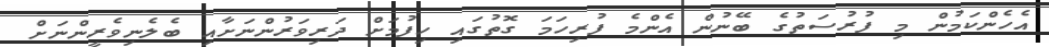
އެހެންކަމުން މި ފުރުސަތުގެ ބޭނުން އެންމެ ފުރިހަމަ ގޮތުގައި ހިފުމަށް ދަރިވަރުންނަށާއި ބެލެނިވެރީންނަށް